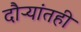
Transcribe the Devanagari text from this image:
दौऱ्यांतही